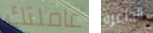
عاملتك الداعرة